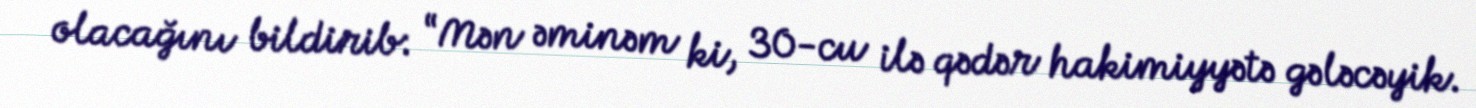
olacağını bildirib: “Mən əminəm ki, 30-cu ilə qədər hakimiyyətə gələcəyik.